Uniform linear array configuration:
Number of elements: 8
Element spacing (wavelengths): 1
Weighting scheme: cosine
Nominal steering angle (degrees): -60
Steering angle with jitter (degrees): -59.232
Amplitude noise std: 0.05
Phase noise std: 0.05

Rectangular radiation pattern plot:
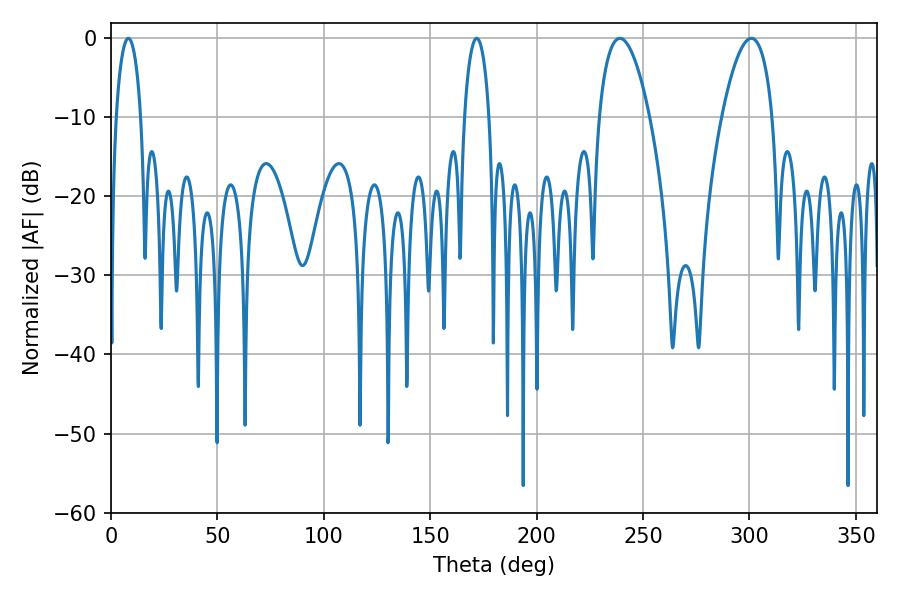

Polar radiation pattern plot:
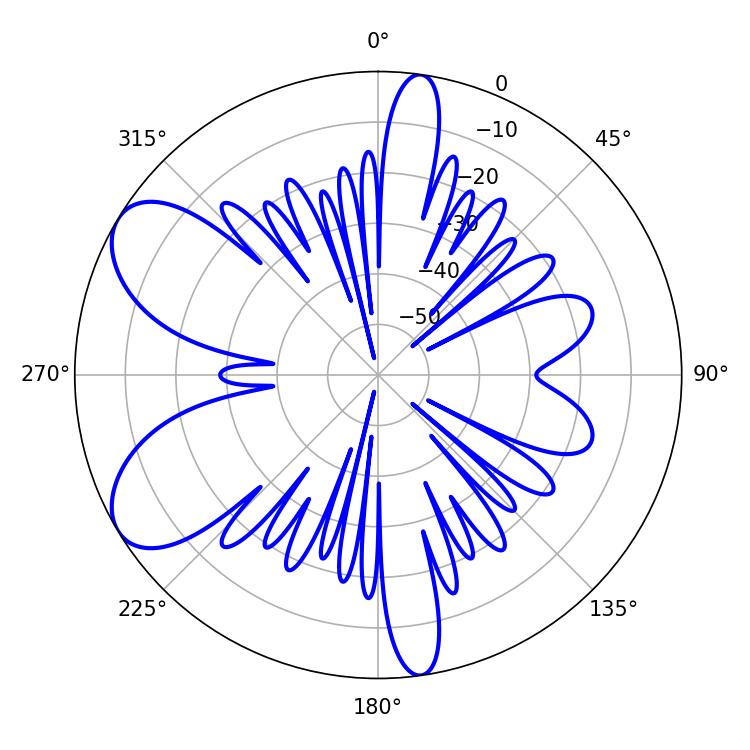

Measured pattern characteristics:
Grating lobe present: TRUE
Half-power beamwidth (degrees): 13.32
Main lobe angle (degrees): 239.04